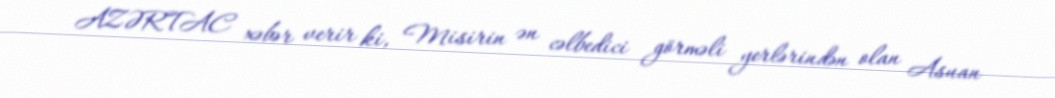
AZƏRTAC xəbər verir ki, Misirin ən cəlbedici görməli yerlərindən olan Asuan